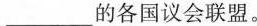
___的各国议会联盟。